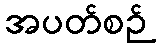
အပတ်စဉ်